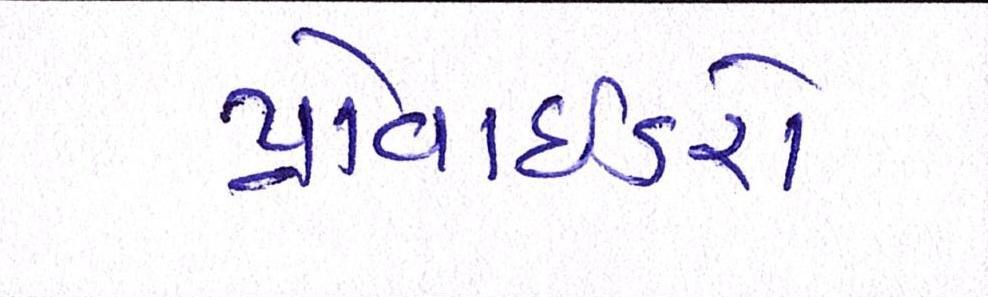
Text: પ્રોવાઈડરો